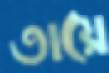
তায়ে